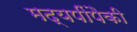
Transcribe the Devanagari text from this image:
मद्यपींपैकी